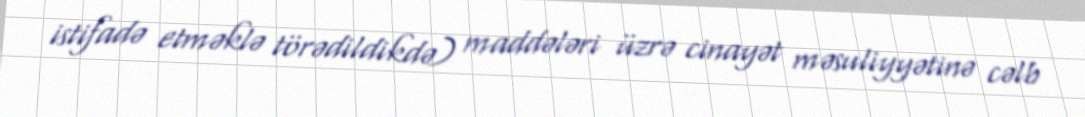
istifadə etməklə törədildikdə) maddələri üzrə cinayət məsuliyyətinə cəlb